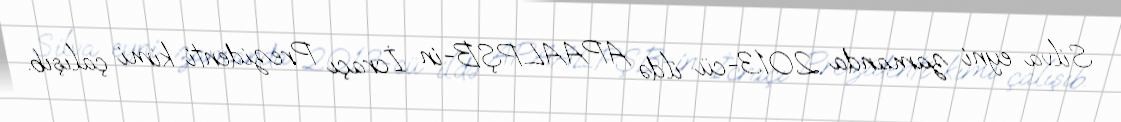
Silva eyni zamanda 2013-cü ildə APAALPŞB-in İcraçı Prezidenti kimi çalışıb.